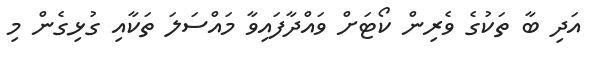
އަދި ބާ ތަކުގެ ވެރިން ކޯޓަށް ވައްދާފަައިވާ މައްސަލަ ތަކާއި ގުޅިގެން މި